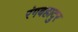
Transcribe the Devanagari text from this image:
रंगबहादुर